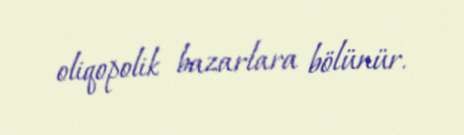
oliqopolik bazarlara bölünür.